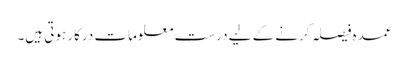
عمدہ فیصلہ کرنے کے لیے درست معلومات درکار ہوتی ہیں۔